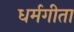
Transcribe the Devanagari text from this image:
धर्मगीता